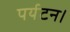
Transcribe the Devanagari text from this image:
पर्यटन।